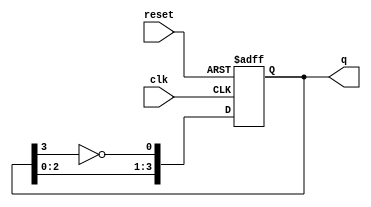
module johnson_counter (
    input wire clk,       // Clock input
    input wire reset,     // Asynchronous reset
    output reg [3:0] q    // 4-bit output for the counter
);

    // Counter with 4 flip-flops
    always @(posedge clk or posedge reset) begin
        if (reset) begin
            q <= 4'b0000; // Initialize the counter to 0000
        end else begin
            // Shift the bits and feedback the inverted last flip-flop output
            q <= {q[2:0], ~q[3]};
        end
    end

endmodule